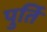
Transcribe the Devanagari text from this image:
पुर्ति